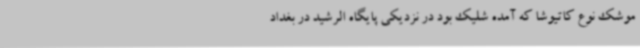
موشک نوع کاتیوشا که آمده شلیک بود در نزدیکی پایگاه الرشید در بغداد